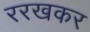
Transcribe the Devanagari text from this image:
ररखकर